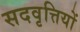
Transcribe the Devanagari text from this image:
सदवृत्तियों